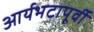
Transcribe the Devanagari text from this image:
आर्यभटापूर्वी